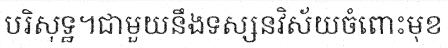
បរិសុទ្ឋ។ជាមួយនឹងទស្សនវិស័យចំពោះមុខ